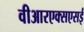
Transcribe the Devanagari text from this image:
वीआरएक्सएसई